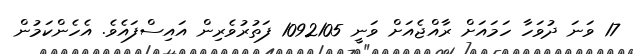
17 ވަނަ ދުވަހާ ހަމައަށް ރާއްޖެއަށް ވަނީ 1092105 ފަތުރުވެރިން އައިސްފައެވެ. އެހެންކަމުން